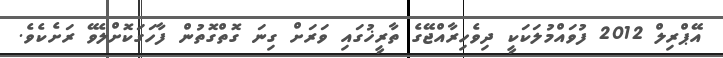
އޭޕްރިލް 2012 ފުވައްމުލަކަކީ ދިވެހިރާއްޖޭގެ ތާރީޚުގައި ވަރަށް ގިނަ ގޮތްގޮތުން ފާހަގަކޮށްލެވޭ ރަށެކެވެ.